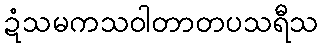
ဍံသမကသဝါတာတပသရီသ